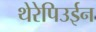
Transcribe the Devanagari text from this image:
थेरेपिउईन